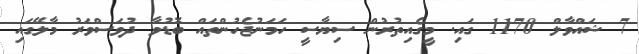
7 ޝައްވާލް 1170 ގައި. މީގެއިތުރުން ސިޔާސީ ހަމަނުޖެހުންތައް ބޮޑުވާ ދުވަސްވަރު މާލޭގައި